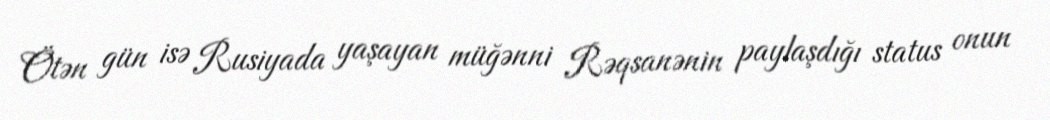
Ötən gün isə Rusiyada yaşayan müğənni Rəqsanənin paylaşdığı status onun